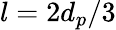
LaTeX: l=2d_{p}/3